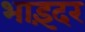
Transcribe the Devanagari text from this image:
भाइंदर